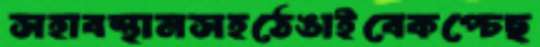
সহাবস্থানসহঠেঙাইবেকপ্‌চেছ